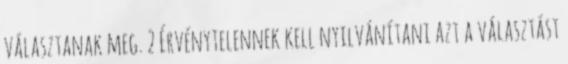
választanak meg. 2 Érvénytelennek kell nyilvánítani azt a választást